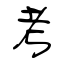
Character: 考